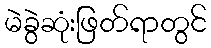
မဲခွဲဆုံးဖြတ်ရာတွင်